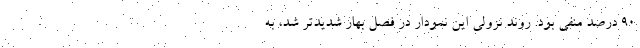
۹۰ درصد منفی بود. روند نزولی این نمودار در فصل بهار شدیدتر شد، به